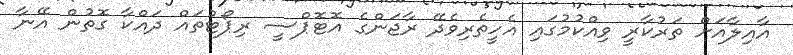
އާއިލާއަށް ތަރުކާރީ ވިއްކުމުގައި އެހީތެރިވެދޭ ރާޖަންގެ އޮޓޮޕްސީ ރިޕޯޓުތައް ދައްކާ ގޮތުން އޭނާ